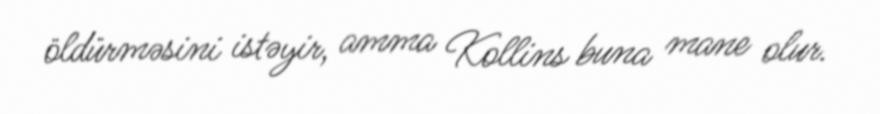
öldürməsini istəyir, amma Kollins buna mane olur.